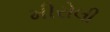
મીરોલી